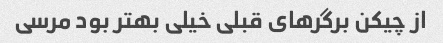
از چیکن برگرهای قبلی خیلی بهتر بود مرسی